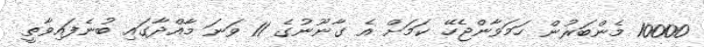
10000 މެންބަރުން ހަމަވާންޖެހޭ ކަމަށް އެ ގާނޫނުގެ 11 ވަނަ މާއްދާގައި ބުނެފައިވާތީ